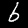
Label: 6